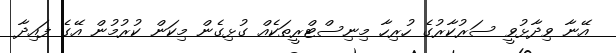
އޭނާ ވިދާޅުވީ ސަރުކާރުގެ ހުރިހާ މިނިސްޓްރީތަކެއް ގުޅިގެން މިކަން ކުރުމުން އޭގެ ފައިދާ